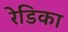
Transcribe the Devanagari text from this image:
रेडिका